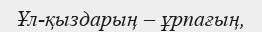
Ұл-қыздарың – ұрпағың,